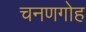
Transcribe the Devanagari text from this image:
चनणगोह